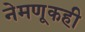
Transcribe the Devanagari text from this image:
नेमणूकही